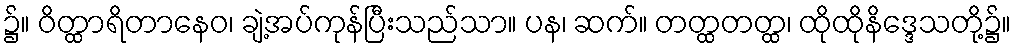
၌။ ဝိတ္ထာရိတာနေဝ၊ ချဲ့အပ်ကုန်ပြီးသည်သာ။ ပန၊ ဆက်။ တတ္ထတတ္ထ၊ ထိုထိုနိဒ္ဒေသတို့၌။